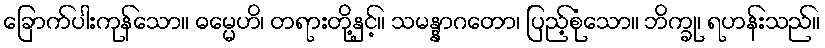
ခြောက်ပါးကုန်သော။ ဓမ္မေဟိ၊ တရားတို့နှင့်။ သမန္နာဂတော၊ ပြည့်စုံသော။ ဘိက္ခု၊ ရဟန်းသည်။